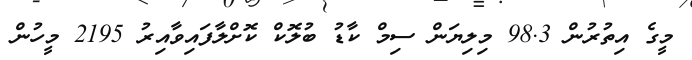
މީގެ އިތުރުން 98.3 މިލިޔަން ސިމް ކާޑު ބުލޮކް ކޮށްލާފައިވާއިރު 2195 މީހުން